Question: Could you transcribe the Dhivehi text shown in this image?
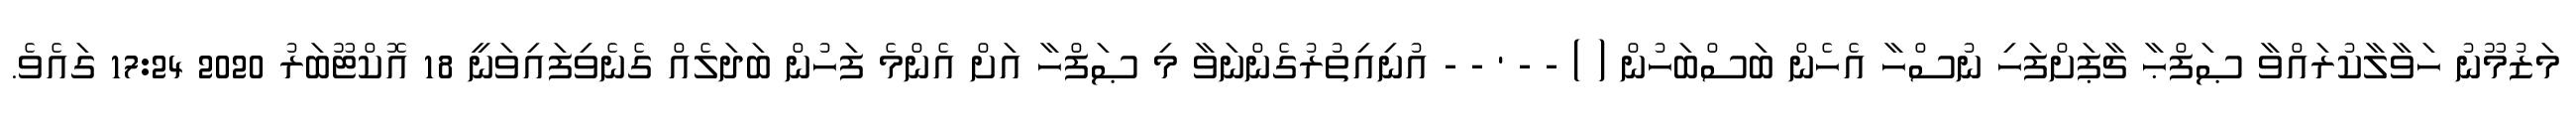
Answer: މަޒުމޫނު ހަވާލާކުރައްވާ ޞަފްޙާ ޗާޕަށްފަހި ނުސްހާ އެހެން ބަސްބަހުން ( ) - - ' - - އުނިއިތުރުގެންނަވާ މި ޞަފްހާ އަށް އެންމެ ފަހުން ބަދަލެއް ގެނެވިފައިވަނީ 18 އޮކްޓޫބަރު 2020 17:24 ގައެވެ.